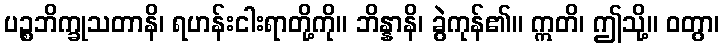
ပဉ္စဘိက္ခုသတာနိ၊ ရဟန်းငါးရာတို့ကို။ ဘိန္နာနိ၊ ခွဲကုန်၏။ ဣတိ၊ ဤသို့။ ဝတွာ၊